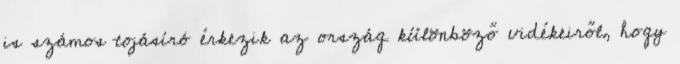
is számos tojásíró érkezik az ország különböző vidékeiről, hogy